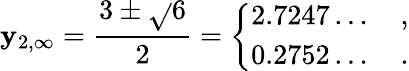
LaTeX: \mathbf{y}_{2,\infty}=\frac{{3\pm\sqrt{}{{6}}}}{{2}}=\left\{ \begin{array}{l}{{2.7247\dots\quad,}}\\ {{0.2752\dots\quad.}}\end{array}\right.